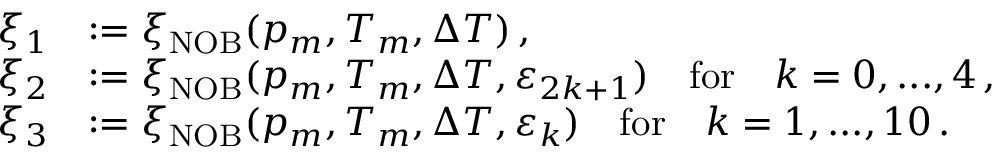
\begin{array} { r l } { \xi _ { 1 } } & { : = \xi _ { \mathrm { N O B } } ( p _ { m } , T _ { m } , \Delta T ) \, , } \\ { \xi _ { 2 } } & { : = \xi _ { \mathrm { N O B } } ( p _ { m } , T _ { m } , \Delta T , \varepsilon _ { 2 k + 1 } ) \quad \mathrm { f o r } \quad k = 0 , . . . , 4 \, , } \\ { \xi _ { 3 } } & { : = \xi _ { \mathrm { N O B } } ( p _ { m } , T _ { m } , \Delta T , \varepsilon _ { k } ) \quad \mathrm { f o r } \quad k = 1 , . . . , 1 0 \, . } \end{array}